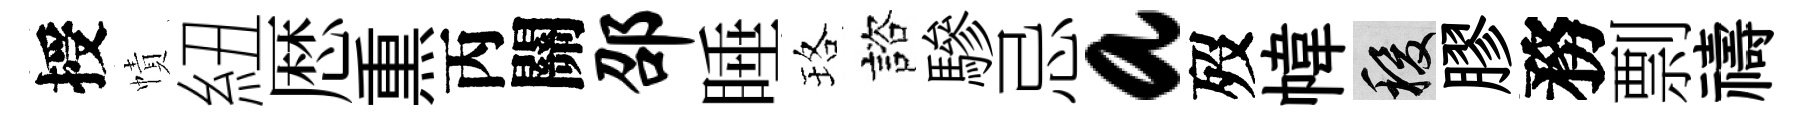
授幘紐厯𤋱丙關邵睡珞諮驂忌a歿幃稷膠務剽禱